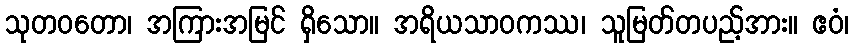
သုတဝတော၊ အကြားအမြင် ရှိသော။ အရိယသာဝကဿ၊ သူမြတ်တပည့်အား။ ဧဝံ၊